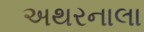
અથરનાલા